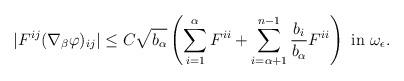
LaTeX: \begin{align*}|F^{ij} (\nabla_\beta \varphi)_{ij}| \leq C \sqrt{b_\alpha} \left(\sum_{i=1}^{\alpha} F^{ii} + \sum_{i=\alpha+1}^{n-1} \frac{b_i}{b_\alpha} F^{ii}\right) \mbox{ in } \omega_\epsilon.\end{align*}